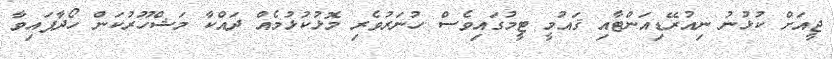
ޖީއަށް ކުޅުނު ނިއުރޭޑިއަންޓާއި ޤައުމީ ޓީމުގައިވެސް ހުނަރުވެރި މޮޅުކުޅުމެއް ދައްކާ މަޝްހޫރުކަން ހޯދާފައިވާ